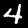
Digit: 4